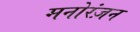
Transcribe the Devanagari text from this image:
मनोरंज़न